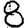
Digit: 8